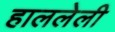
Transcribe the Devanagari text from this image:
हाललेली